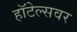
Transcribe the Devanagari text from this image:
हॉटेल्सवर